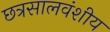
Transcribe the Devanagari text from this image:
छत्रसालवंशीय